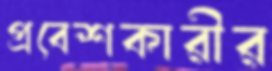
প্রবেশকারীর